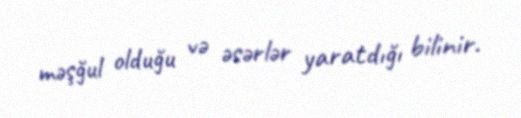
məşğul olduğu və əsərlər yaratdığı bilinir.